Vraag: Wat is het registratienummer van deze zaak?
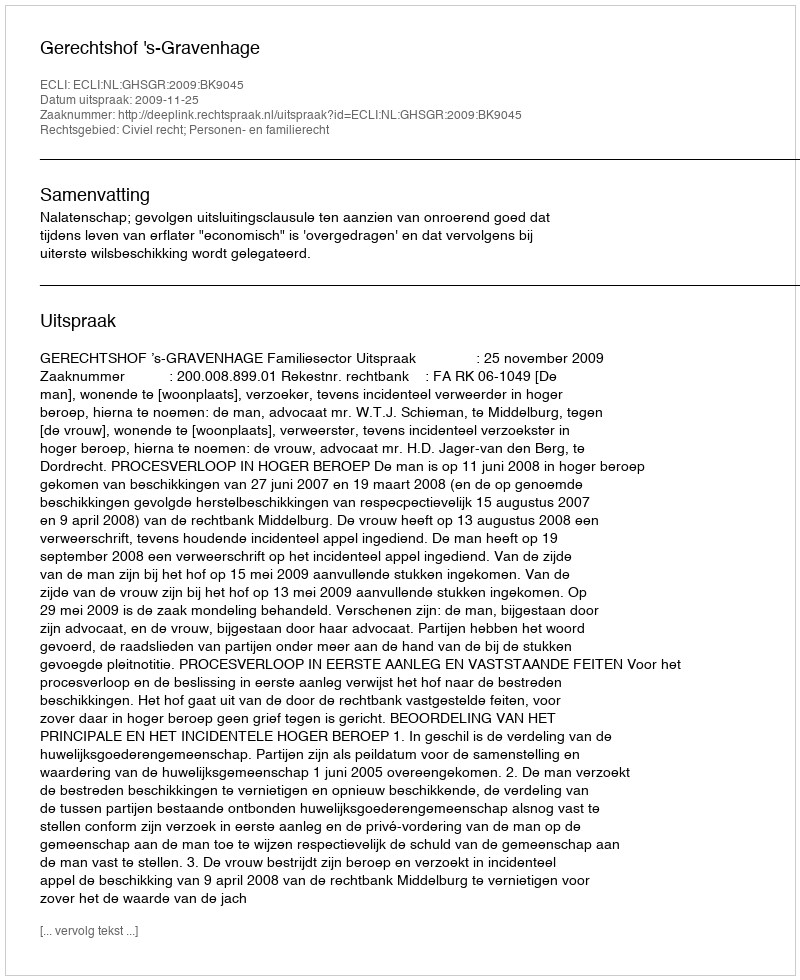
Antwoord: http://deeplink.rechtspraak.nl/uitspraak?id=ECLI:NL:GHSGR:2009:BK9045